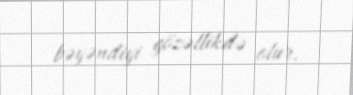
bəyəndiyi gözəllikdə olur.